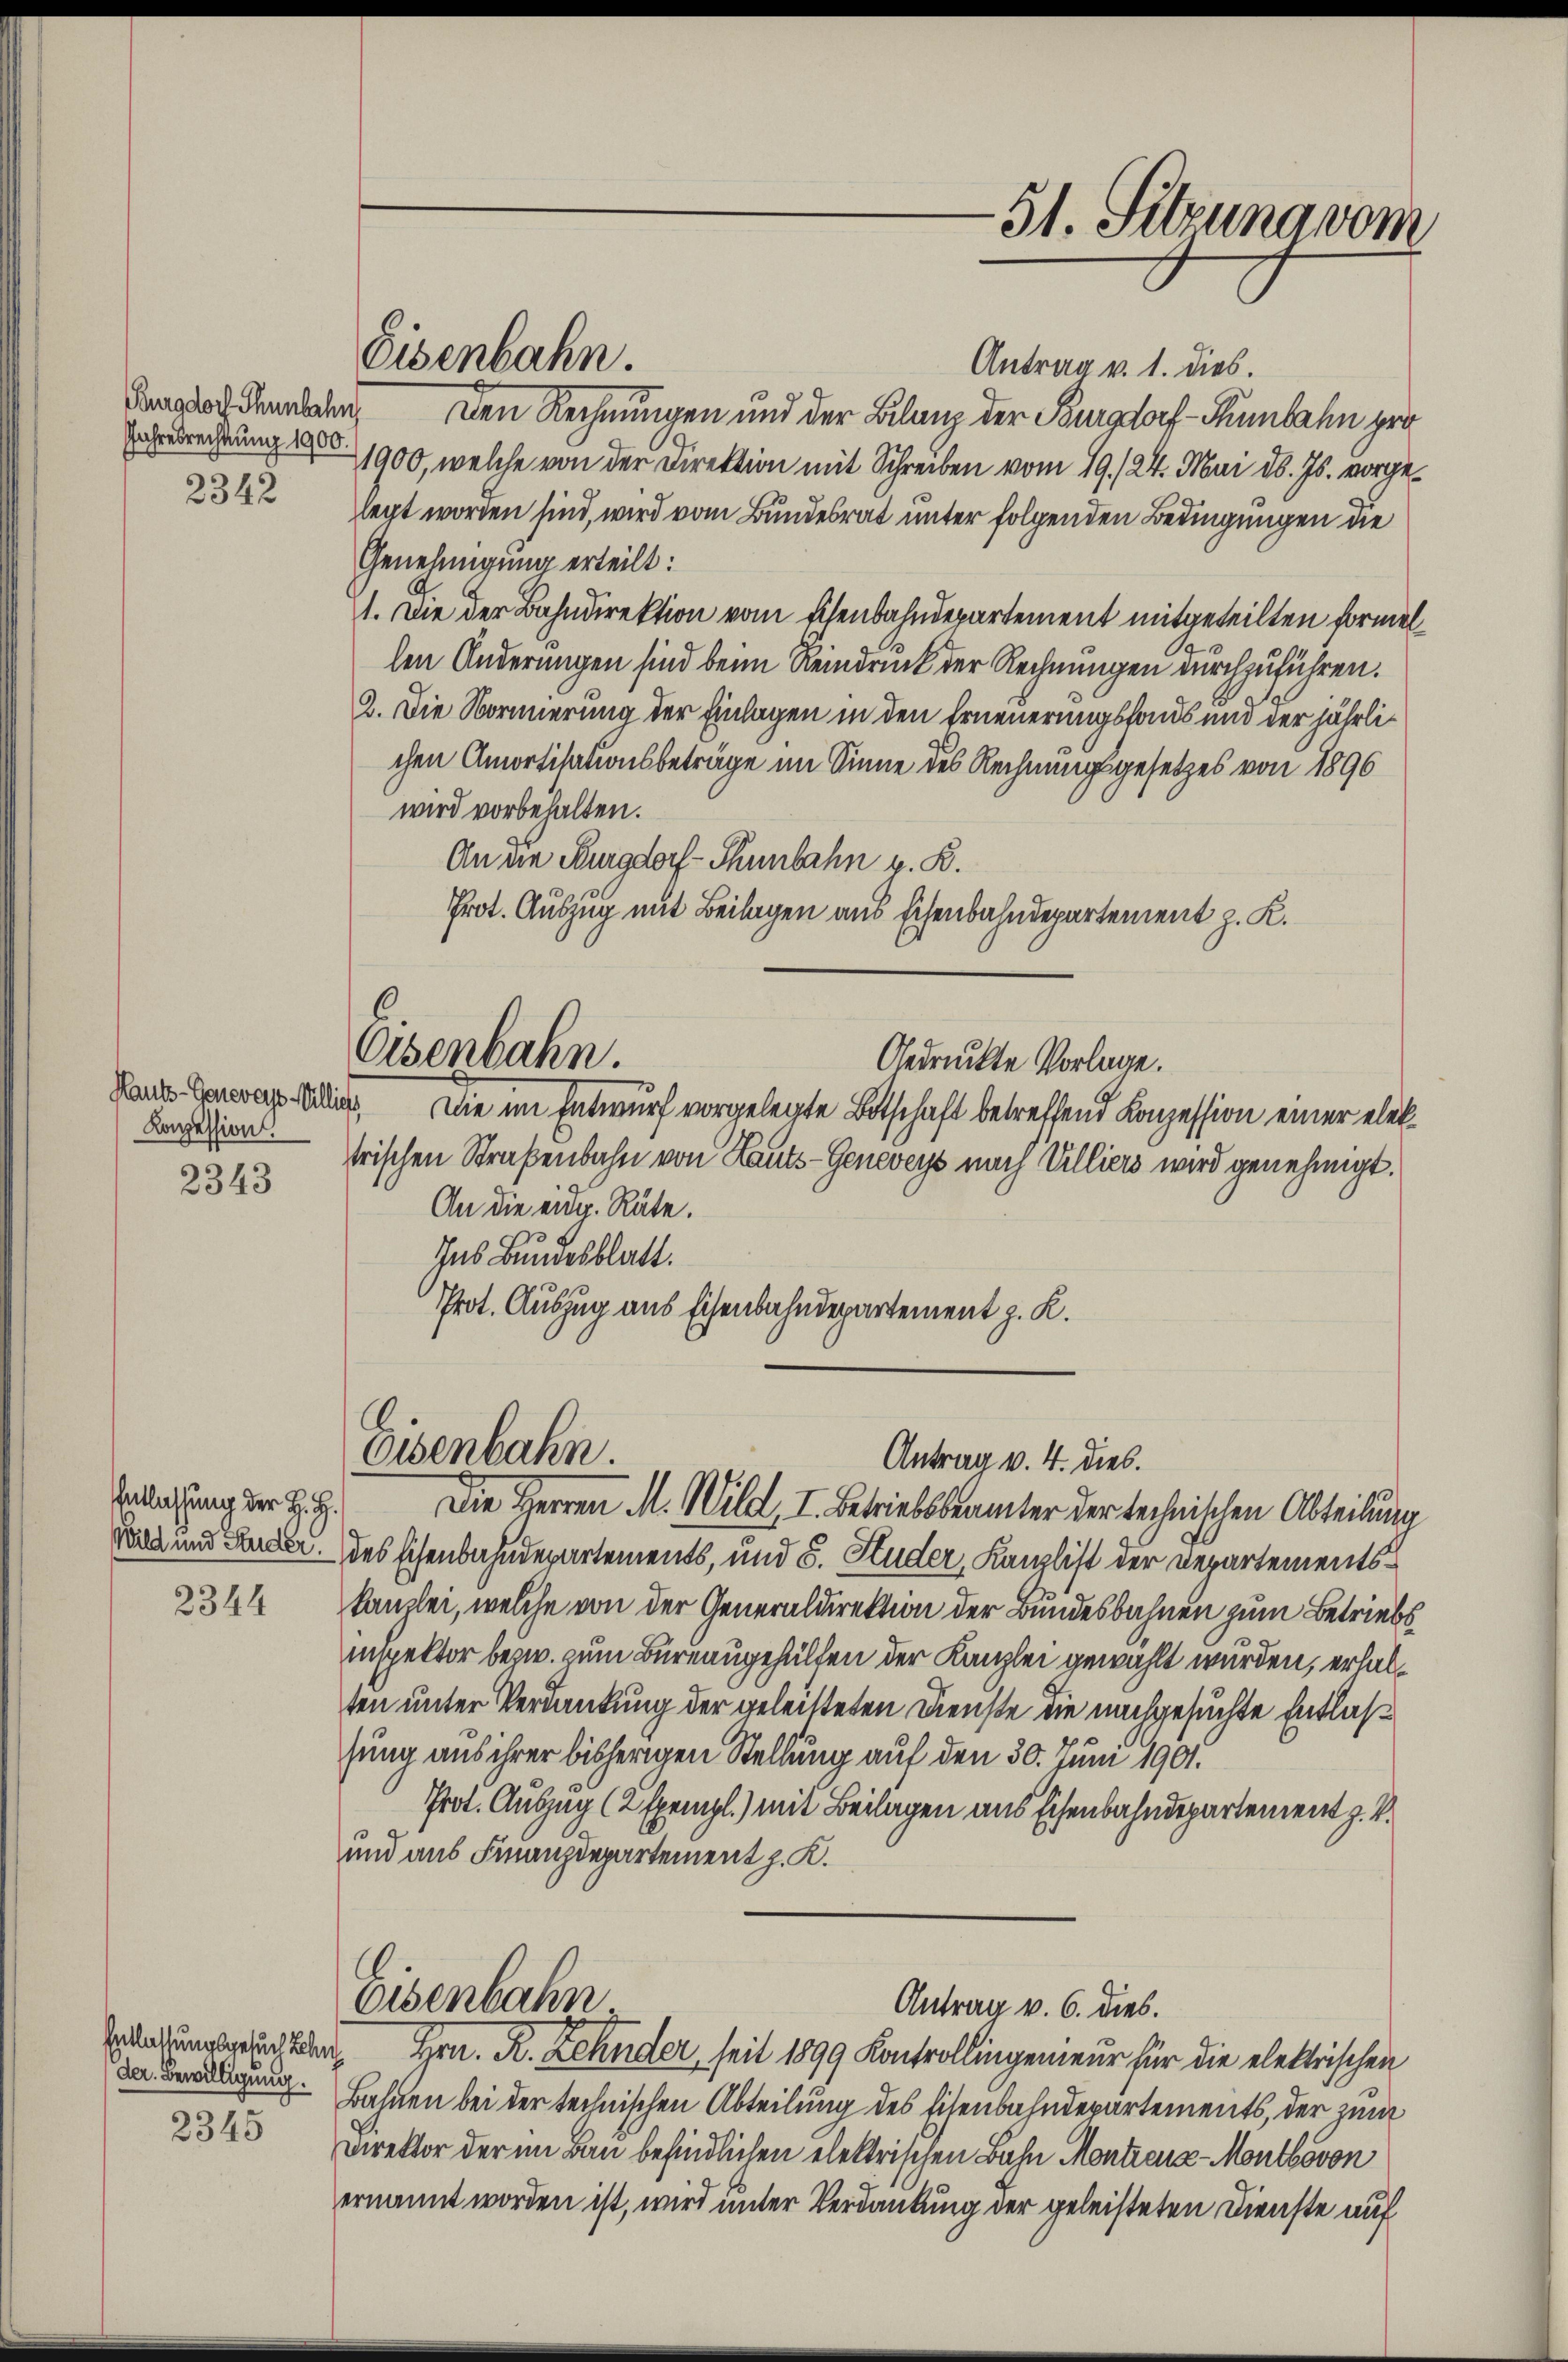
Burgdorf Thunbahn
Jahresrechtung 1900.
2342

Hauts-Generes Villich
Konzession

2343

Entlassung der H. H.

2344

der. Bewilligung.

2345

Antrag v. 1. dies.
Den Rechnungen und der Bilanz der Burgdorf - Thunbahn pro
2900, welche von der Direktion mit Schreiben vom 19./24. Mai d. Js. vorgelegt worden sind, wird vom Bundesrat unter folgenden Bedingungen die
Genehmigung erteilt:
1. Die der Bahndirektion vom Eisenbahndepartement mitgeteilten Formellen Änderungen sind beim Reindruck der Rechnungen durchzuführen.
2. Die Normierung der Einlagen in den Erneuerungsfonds und der jährlichen Amortisationsbeträge im Sinne des Rechnungsgesetzes von 1896
wird vorbehalten.
An die Burgdorf - Thunbahn v. R.
Prot. Auszug mit Beilagen aus Eisenbahndepartement z. K.
Osenbahn.
Aedruckte Vorlage.
. Die im Entwurf vorgelegte Botschaft betreffend Konzession einer elektrischen Straßenbahn von Lauts-Geneveys nach Villiers wird genehmigt.
An die eidg. Räte.
Ins Bundesblatt.
Prot. Auszug aus Eisenbahndepartement z. K.

Eisenbahn.

Eisenbahn
Antrag v. 4. dies.
Die Herren M. Wild, I. Betriebsbeamter der technischen Abteilung

Fall und Leder des Eisenbahndepartements, und 5. Huder, Kanzlist der Departementsinspektor bezw. zum Bureaugehülfen der Kanzlei gewählt wurden, erhalten unter Verdankung der geleisteten Dienste die nachgesuchte Entlashung aus ihrer bisherigen Stellung auf den 30. Juni 1901.
Prot. Auszug (2 sprinzl.) mit Beilagen aus Eisenbahndepartement z. B.
und aus Finanzdepartement z. K.

Eisenbahn

-51. Sitzung vom

Antrag v. 6. dies.

Erlaßungsgerichten Hrn. R. Zehnder seit 1899 Kontrollingenieur für die elektrischen
Bahnen bei der technischen Abteilung des Eisenbahndepartements, der zum
Direktor der im Bau befindlichen elektrischen Bahn Montienz - Montbovon
ernannt worden ist, wird unter Verdankung der geleisteten Dienste auf

kanzlei, welche von der Generaldirektion der Bundesbahnen zum Betriebs